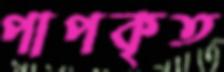
পাপকৃত